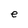
Character: e